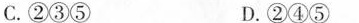
C.②③⑤ D.②④⑤